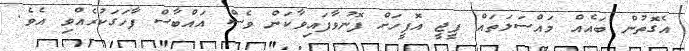
އެގޮތުން ބައެއް މައްސަލަތައް ޕީޖީ އޮފީހަށް ފޮނުވާފައިވާކަން ވެސް އައްބާސް ފާހަގަކުރެއްވި އެވެ.